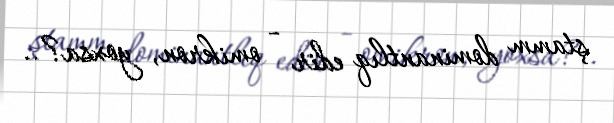
ştamm dominantlıq edir - omikron, yoxsa?..